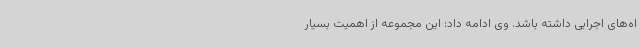
اه‌های اجرایی داشته باشد. وی ادامه داد: این مجموعه از اهمیت بسیار